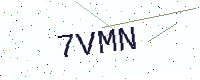
Text: 7VMN